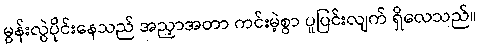
မွန်းလွဲပိုင်းနေသည် အညှာအတာ ကင်းမဲ့စွာ ပူပြင်းလျက် ရှိလေသည်။